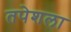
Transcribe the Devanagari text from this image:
तपेशला